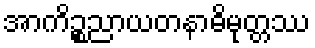
အာကိဉ္စညာယတနာဓိမုတ္တဿ